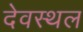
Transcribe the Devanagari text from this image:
देवस्थल